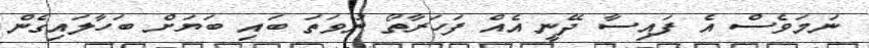
ނަމަވެސް އެ ފައިސާ ދޭނީ އެއް ފަހަރާތޯ ނުވަތަ ބައި ބަޔަށް ބަހާލައިގެން